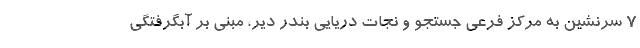
۷ سرنشین به مرکز فرعی جستجو و نجات دریایی بندر دیر، مبنی بر آبگرفتگی